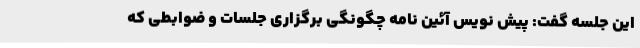
این جلسه گفت: پیش نویس آئین نامه چگونگی برگزاری جلسات و ضوابطی که